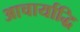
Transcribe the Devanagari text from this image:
आचार्याद्धि